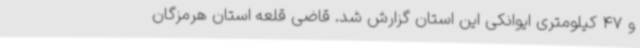
و 47 کیلومتری ایوانکی این استان گزارش شد. قاضی قلعه استان هرمزگان